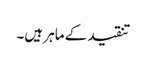
تنقید کے ماہر ہیں۔